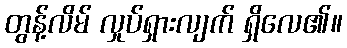
တွန့်လိမ် လှုပ်ရှားလျက် ရှိလေ၏။